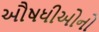
ઔષધીઓનો